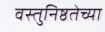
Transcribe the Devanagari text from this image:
वस्तुनिष्ठतेच्या